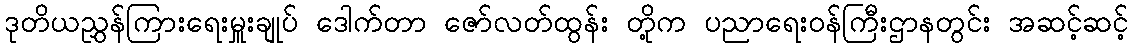
ဒုတိယညွှန်ကြားရေးမှူးချုပ် ဒေါက်တာ ဇော်လတ်ထွန်း တို့က ပညာရေးဝန်ကြီးဌာနတွင်း အဆင့်ဆင့်